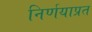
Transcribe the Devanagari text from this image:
निर्णयाप्रत